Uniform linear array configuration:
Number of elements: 8
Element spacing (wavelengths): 0.75
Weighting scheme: blackman
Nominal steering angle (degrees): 15
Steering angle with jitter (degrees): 13.375
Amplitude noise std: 0.05
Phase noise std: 0.05

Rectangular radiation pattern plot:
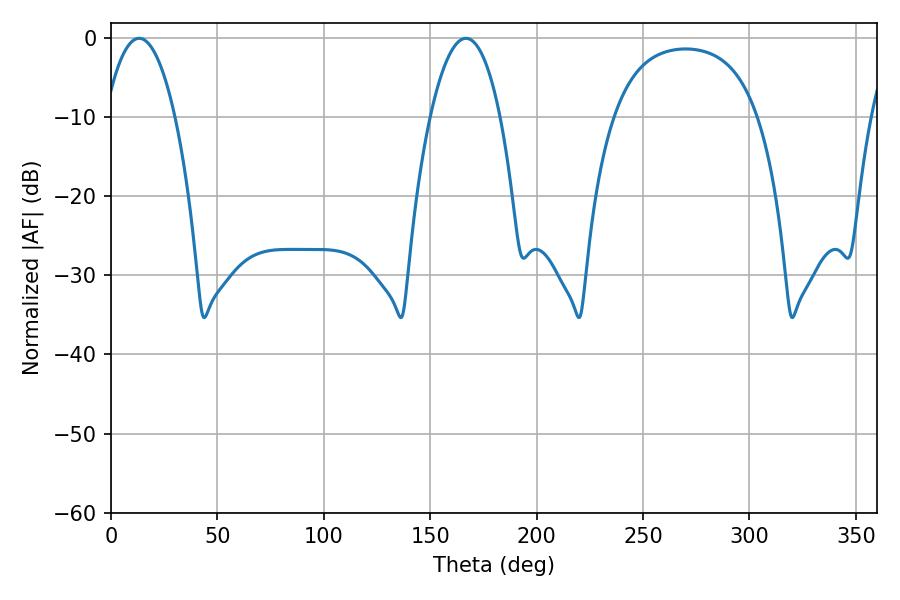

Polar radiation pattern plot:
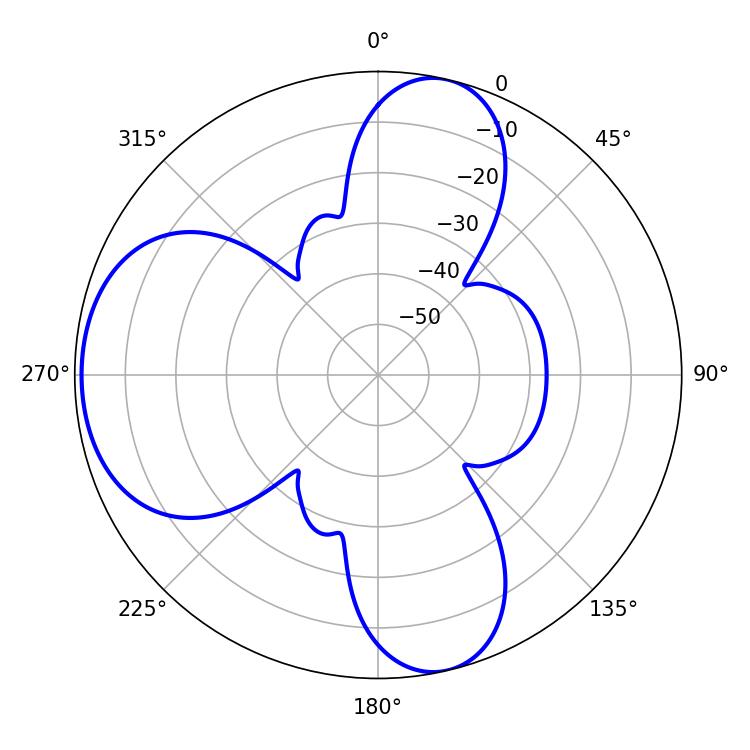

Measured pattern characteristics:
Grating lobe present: TRUE
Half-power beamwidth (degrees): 18.36
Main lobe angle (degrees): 13.14